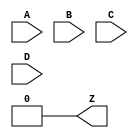
// This program was cloned from: https://github.com/Digital-EDA/Digital-IDE
// License: MIT License

module LUT4 #(
	parameter [15:0] INIT = 0
) (
	input A, B, C, D,
	output Z
);
	// This form of LUT propagates as few x's as possible.
	wire [7:0] s3 = D ?     INIT[15:8] :     INIT[7:0];
	wire [3:0] s2 = C ?       s3[ 7:4] :       s3[3:0];
	wire [1:0] s1 = B ?       s2[ 3:2] :       s2[1:0];
	assign Z =      A ?          s1[1] :         s1[0];
endmodule

module FACADE_FF #(
	parameter GSR = "ENABLED",
	parameter CEMUX = "1",
	parameter CLKMUX = "0",
	parameter LSRMUX = "LSR",
	parameter LSRONMUX = "LSRMUX",
	parameter SRMODE = "LSR_OVER_CE",
	parameter REGSET = "SET",
	parameter REGMODE = "FF"
) (
	input CLK, DI, LSR, CE,
	output reg Q
);

	wire muxce;
	generate
		case (CEMUX)
			"1": assign muxce = 1'b1;
			"0": assign muxce = 1'b0;
			"INV": assign muxce = ~CE;
			default: assign muxce = CE;
		endcase
	endgenerate

	wire muxlsr = (LSRMUX == "INV") ? ~LSR : LSR;
	wire muxlsron = (LSRONMUX == "LSRMUX") ? muxlsr : 1'b0;
	wire muxclk = (CLKMUX == "INV") ? ~CLK : CLK;
	wire srval = (REGSET == "SET") ? 1'b1 : 1'b0;

	initial Q = srval;

	generate
		if (REGMODE == "FF") begin
			if (SRMODE == "ASYNC") begin
				always @(posedge muxclk, posedge muxlsron)
					if (muxlsron)
						Q <= srval;
					else if (muxce)
						Q <= DI;
			end else begin
				always @(posedge muxclk)
					if (muxlsron)
						Q <= srval;
					else if (muxce)
						Q <= DI;
			end
		end else if (REGMODE == "LATCH") begin
			ERROR_UNSUPPORTED_FF_MODE error();
		end else begin
			ERROR_UNKNOWN_FF_MODE error();
		end
	endgenerate
endmodule

/* For consistency with ECP5; represents F0/F1 => OFX0 mux in a slice. */
module PFUMX (input ALUT, BLUT, C0, output Z);
	assign Z = C0 ? ALUT : BLUT;
endmodule

/* For consistency with ECP5; represents FXA/FXB => OFX1 mux in a slice. */
module L6MUX21 (input D0, D1, SD, output Z);
	assign Z = SD ? D1 : D0;
endmodule

/* For consistency, input order matches TRELLIS_SLICE even though the BELs in
prjtrellis were filled in clockwise order from bottom left. */
module FACADE_SLICE #(
	parameter MODE = "LOGIC",
	parameter GSR = "ENABLED",
	parameter SRMODE = "LSR_OVER_CE",
	parameter CEMUX = "1",
	parameter CLKMUX = "0",
	parameter LSRMUX = "LSR",
	parameter LSRONMUX = "LSRMUX",
	parameter LUT0_INITVAL = 16'hFFFF,
	parameter LUT1_INITVAL = 16'hFFFF,
	parameter REGMODE = "FF",
	parameter REG0_SD = "1",
	parameter REG1_SD = "1",
	parameter REG0_REGSET = "SET",
	parameter REG1_REGSET = "SET",
	parameter CCU2_INJECT1_0 = "YES",
	parameter CCU2_INJECT1_1 = "YES",
	parameter WREMUX = "INV"
) (
	input A0, B0, C0, D0,
	input A1, B1, C1, D1,
	input M0, M1,
	input FCI, FXA, FXB,

	input CLK, LSR, CE,
	input DI0, DI1,

	input WD0, WD1,
	input WAD0, WAD1, WAD2, WAD3,
	input WRE, WCK,

	output F0, Q0,
	output F1, Q1,
	output FCO, OFX0, OFX1,

	output WDO0, WDO1, WDO2, WDO3,
	output WADO0, WADO1, WADO2, WADO3
);

	generate
		if (MODE == "LOGIC") begin
			L6MUX21 FXMUX (.D0(FXA), .D1(FXB), .SD(M1), .Z(OFX1));

			wire k0;
			wire k1;
			PFUMX K0K1MUX (.ALUT(k1), .BLUT(k0), .C0(M0), .Z(OFX0));

			LUT4 #(.INIT(LUT0_INITVAL)) LUT_0 (.A(A0), .B(B0), .C(C0), .D(D0), .Z(k0));
			LUT4 #(.INIT(LUT1_INITVAL)) LUT_1 (.A(A0), .B(B0), .C(C0), .D(D0), .Z(k1));

			assign F0 = k0;
			assign F1 = k1;
		end else if (MODE == "CCU2") begin
			ERROR_UNSUPPORTED_SLICE_MODE error();
		end else if (MODE == "DPRAM") begin
			ERROR_UNSUPPORTED_SLICE_MODE error();
		end else begin
			ERROR_UNKNOWN_SLICE_MODE error();
		end
	endgenerate

	/* Reg can be fed either by M, or DI inputs; DI inputs muxes OFX and F
	outputs (in other words, feeds back into FACADE_SLICE). */
	wire di0 = (REG0_SD == "1") ? DI0 : M0;
	wire di1 = (REG1_SD == "1") ? DI1 : M1;

	FACADE_FF#(.GSR(GSR), .CEMUX(CEMUX), .CLKMUX(CLKMUX), .LSRMUX(LSRMUX),
		.LSRONMUX(LSRONMUX), .SRMODE(SRMODE), .REGSET(REG0_REGSET),
		.REGMODE(REGMODE)) REG_0 (.CLK(CLK), .DI(di0), .LSR(LSR), .CE(CE), .Q(Q0));
	FACADE_FF#(.GSR(GSR), .CEMUX(CEMUX), .CLKMUX(CLKMUX), .LSRMUX(LSRMUX),
		.LSRONMUX(LSRONMUX), .SRMODE(SRMODE), .REGSET(REG1_REGSET),
		.REGMODE(REGMODE)) REG_1 (.CLK(CLK), .DI(di1), .LSR(LSR), .CE(CE), .Q(Q1));
endmodule

module FACADE_IO #(
	parameter DIR = "INPUT"
) (
	inout PAD,
	input I, T,
	output O
);
	generate
		if (DIR == "INPUT") begin
			assign O = PAD;
		end else if (DIR == "OUTPUT") begin
			assign PAD = T ? 1'bz : I;
		end else if (DIR == "BIDIR") begin
			assign PAD = T ? 1'bz : I;
			assign O = PAD;
		end else begin
			ERROR_UNKNOWN_IO_MODE error();
		end
	endgenerate
endmodule

(* blackbox *)
module OSCH #(
	parameter NOM_FREQ = "2.08"
) (
	input STDBY,
	output OSC,
	output SEDSTDBY
);
endmodule

(* blackbox *)
module DCCA (
	input CLKI,
	input CE,
	output CLKO
);
endmodule

(* blackbox *)
module DCMA (
	input CLK0,
	input CLK1,
	input SEL,
	output DCMOUT
);
endmodule

(* abc9_box, lib_whitebox *)
module DPR16X4C (
		input [3:0] DI,
		input WCK, WRE,
		input [3:0] RAD,
		input [3:0] WAD,
		output [3:0] DO
);
	parameter INITVAL = "0x0000000000000000";

	function [63:0] convert_initval;
		input [143:0] hex_initval;
		reg done;
		reg [63:0] temp;
		reg [7:0] char;
		integer i;
		begin
			done = 1'b0;
			temp = 0;
			for (i = 0; i < 16; i = i + 1) begin
				if (!done) begin
					char = hex_initval[8*i +: 8];
					if (char == "x") begin
						done = 1'b1;
					end else begin
						if (char >= "0" && char <= "9")
							temp[4*i +: 4] = char - "0";
						else if (char >= "A" && char <= "F")
							temp[4*i +: 4] = 10 + char - "A";
						else if (char >= "a" && char <= "f")
							temp[4*i +: 4] = 10 + char - "a";
					end
				end
			end
			convert_initval = temp;
		end
	endfunction

	localparam conv_initval = convert_initval(INITVAL);

	reg [3:0] ram[0:15];
	integer i;
	initial begin
		for (i = 0; i < 15; i = i + 1) begin
			ram[i] <= conv_initval[4*i +: 4];
		end
	end

	always @(posedge WCK)
		if (WRE)
			ram[WAD] <= DI;

	assign DO = ram[RAD];
endmodule

(* blackbox *)
module DP8KC(
  input DIA8, DIA7, DIA6, DIA5, DIA4, DIA3, DIA2, DIA1, DIA0,
  input ADA12, ADA11, ADA10, ADA9, ADA8, ADA7, ADA6, ADA5, ADA4, ADA3, ADA2, ADA1, ADA0,
  input CEA, OCEA, CLKA, WEA, RSTA,
  input CSA2, CSA1, CSA0,
  output DOA8, DOA7, DOA6, DOA5, DOA4, DOA3, DOA2, DOA1, DOA0,

  input DIB8, DIB7, DIB6, DIB5, DIB4, DIB3, DIB2, DIB1, DIB0,
  input ADB12, ADB11, ADB10, ADB9, ADB8, ADB7, ADB6, ADB5, ADB4, ADB3, ADB2, ADB1, ADB0,
  input CEB, OCEB, CLKB, WEB, RSTB,
  input CSB2, CSB1, CSB0,
  output DOB8, DOB7, DOB6, DOB5, DOB4, DOB3, DOB2, DOB1, DOB0
);
	parameter DATA_WIDTH_A = 9;
	parameter DATA_WIDTH_B = 9;

	parameter REGMODE_A = "NOREG";
	parameter REGMODE_B = "NOREG";

	parameter RESETMODE = "SYNC";
	parameter ASYNC_RESET_RELEASE = "SYNC";

	parameter CSDECODE_A = "0b000";
	parameter CSDECODE_B = "0b000";

	parameter WRITEMODE_A = "NORMAL";
	parameter WRITEMODE_B = "NORMAL";

	parameter GSR = "ENABLED";
	parameter INIT_DATA = "STATIC";

	parameter INITVAL_00 = "0x00000000000000000000000000000000000000000000000000000000000000000000000000000000";
	parameter INITVAL_01 = "0x00000000000000000000000000000000000000000000000000000000000000000000000000000000";
	parameter INITVAL_02 = "0x00000000000000000000000000000000000000000000000000000000000000000000000000000000";
	parameter INITVAL_03 = "0x00000000000000000000000000000000000000000000000000000000000000000000000000000000";
	parameter INITVAL_04 = "0x00000000000000000000000000000000000000000000000000000000000000000000000000000000";
	parameter INITVAL_05 = "0x00000000000000000000000000000000000000000000000000000000000000000000000000000000";
	parameter INITVAL_06 = "0x00000000000000000000000000000000000000000000000000000000000000000000000000000000";
	parameter INITVAL_07 = "0x00000000000000000000000000000000000000000000000000000000000000000000000000000000";
	parameter INITVAL_08 = "0x00000000000000000000000000000000000000000000000000000000000000000000000000000000";
	parameter INITVAL_09 = "0x00000000000000000000000000000000000000000000000000000000000000000000000000000000";
	parameter INITVAL_0A = "0x00000000000000000000000000000000000000000000000000000000000000000000000000000000";
	parameter INITVAL_0B = "0x00000000000000000000000000000000000000000000000000000000000000000000000000000000";
	parameter INITVAL_0C = "0x00000000000000000000000000000000000000000000000000000000000000000000000000000000";
	parameter INITVAL_0D = "0x00000000000000000000000000000000000000000000000000000000000000000000000000000000";
	parameter INITVAL_0E = "0x00000000000000000000000000000000000000000000000000000000000000000000000000000000";
	parameter INITVAL_0F = "0x00000000000000000000000000000000000000000000000000000000000000000000000000000000";
	parameter INITVAL_10 = "0x00000000000000000000000000000000000000000000000000000000000000000000000000000000";
	parameter INITVAL_11 = "0x00000000000000000000000000000000000000000000000000000000000000000000000000000000";
	parameter INITVAL_12 = "0x00000000000000000000000000000000000000000000000000000000000000000000000000000000";
	parameter INITVAL_13 = "0x00000000000000000000000000000000000000000000000000000000000000000000000000000000";
	parameter INITVAL_14 = "0x00000000000000000000000000000000000000000000000000000000000000000000000000000000";
	parameter INITVAL_15 = "0x00000000000000000000000000000000000000000000000000000000000000000000000000000000";
	parameter INITVAL_16 = "0x00000000000000000000000000000000000000000000000000000000000000000000000000000000";
	parameter INITVAL_17 = "0x00000000000000000000000000000000000000000000000000000000000000000000000000000000";
	parameter INITVAL_18 = "0x00000000000000000000000000000000000000000000000000000000000000000000000000000000";
	parameter INITVAL_19 = "0x00000000000000000000000000000000000000000000000000000000000000000000000000000000";
	parameter INITVAL_1A = "0x00000000000000000000000000000000000000000000000000000000000000000000000000000000";
	parameter INITVAL_1B = "0x00000000000000000000000000000000000000000000000000000000000000000000000000000000";
	parameter INITVAL_1C = "0x00000000000000000000000000000000000000000000000000000000000000000000000000000000";
	parameter INITVAL_1D = "0x00000000000000000000000000000000000000000000000000000000000000000000000000000000";
	parameter INITVAL_1E = "0x00000000000000000000000000000000000000000000000000000000000000000000000000000000";
	parameter INITVAL_1F = "0x00000000000000000000000000000000000000000000000000000000000000000000000000000000";
endmodule

// IO- "$__" cells for the iopadmap pass. These are temporary cells not meant
// to be instantiated by the end user. They are required in this file for
// attrmvcp to work.
(* blackbox *)
module  \$__FACADE_OUTPAD (input I, output O); endmodule
(* blackbox *)
module  \$__FACADE_INPAD (input I, output O); endmodule
(* blackbox *)
module  \$__FACADE_TOUTPAD (input I, T, output O); endmodule
(* blackbox *)
module  \$__FACADE_TINOUTPAD (input I, T, output O, inout B); endmodule